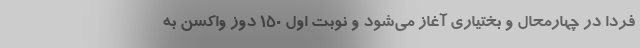
فردا در چهارمحال و بختیاری آغاز می‌شود و نوبت اول ۱۵۰ دوز واکسن به